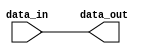
`timescale 1ns / 1ps
//////////////////////////////////////////////////////////////////////////////////
// Company: 
// Engineer: 
// 
// Design Name: 
// Module Name: truncator
// Project Name: 
// Target Devices: 
// Tool Versions: 
// Description: 
// 
// Dependencies: 
// 
// Revision:
// Revision 0.01 - File Created
// Additional Comments:
// 
//////////////////////////////////////////////////////////////////////////////////

module truncator #(

	parameter				 TRUNCATION_MODE						 = "MSB",
	parameter				 DATA_IN_BITWIDTH						 = 32,
	parameter				 DATA_OUT_BITWIDTH						 = 32

)(
		
	input						[DATA_IN_BITWIDTH   -1 : 0]		data_in,
	
	output						[DATA_OUT_BITWIDTH	-1 : 0]		data_out
);
	
	wire			signed		[DATA_IN_BITWIDTH   -1 : 0]		_data_in;
	wire			signed		[DATA_OUT_BITWIDTH	-1 : 0]		_data_out;
	
	assign			_data_in = data_in;
	
	
	if		(TRUNCATION_MODE == "MSB")	
		assign 		_data_out = _data_in [DATA_OUT_BITWIDTH	-1 : 0];
		
	else if (TRUNCATION_MODE == "LSB")
		assign 		_data_out = _data_in [DATA_IN_BITWIDTH   -1 : DATA_IN_BITWIDTH - DATA_OUT_BITWIDTH];
	
	assign			data_out = _data_out;
	
endmodule